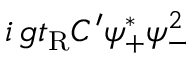
i \, g t _ { \mathrm { R } } C ^ { \prime } \psi _ { + } ^ { * } \psi _ { - } ^ { 2 }